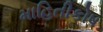
માહિતીકોષ